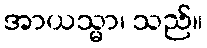
အာယသ္မာ၊ သည်။